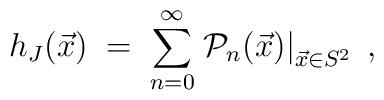
h_J(\vec{x}) \;=\; \sum_{n=0}^\infty \left.{\mathcal{P}}_n(\vec{x}) \right|_{\vec{x} \in S^2} \;,